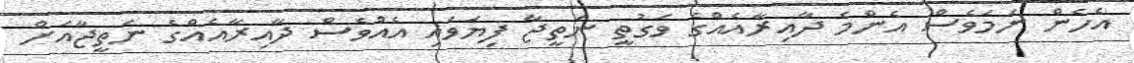
އެހެން ނަމަވެސް އެންމެ ދާއިރާއެއްގެ ވަގުތީ ނަތީޖާ ފިޔަވައި އެއްވެސް ދާއިރާއެއްގެ ނަތީޖާއަށް